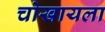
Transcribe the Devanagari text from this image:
चोखायला